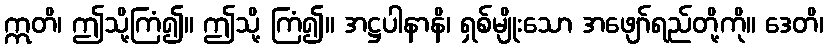
ဣတိ၊ ဤသို့ကြံ၍။ ဤသို့ ကြံ၍။ အဋ္ဌပါနာနိ၊ ရှစ်မျိုးသော အဖျော်ရည်တို့ကို။ ဒေတိ၊